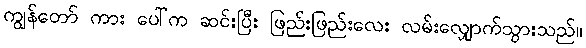
ကျွန်တော် ကား ပေါ်က ဆင်းပြီး ဖြည်းဖြည်းလေး လမ်းလျှောက်သွားသည်။